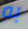
به